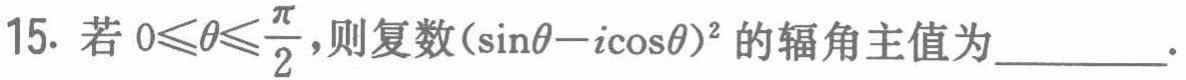
15. 若\(0\leqslant\theta\leqslant\frac{\pi}{2}\)，则复数\((\sin\theta - i\cos\theta)^2\)的辐角主值为  。